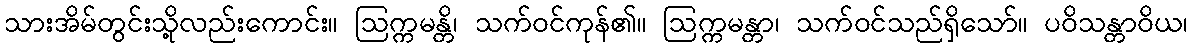
သားအိမ်တွင်းသို့လည်းကောင်း။ ဩက္ကမန္တိ၊ သက်ဝင်ကုန်၏။ ဩက္ကမန္တာ၊ သက်ဝင်သည်ရှိသော်။ ပဝိသန္တာဝိယ၊